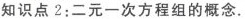
知识点2：二元一次方程组的概念.